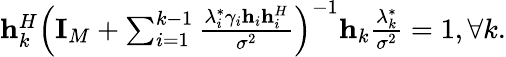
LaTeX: \begin{array}{r}{{\mathbf{h}}_{k}^{H}{\left({{{\mathbf{I}}_{M}}+\sum_{i=1}^{k-1}{\frac{{\lambda_{i}^{*}{\gamma_{i}}{{\mathbf{h}}_{i}}{\mathbf{h}}_{i}^{H}}}{{{\sigma^{2}}}}}}\right)^{-1}}{{\mathbf{h}}_{k}}\frac{{\lambda_{k}^{*}}}{{{\sigma^{2}}}}=1,\forall k.}\end{array}